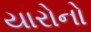
યારોનો